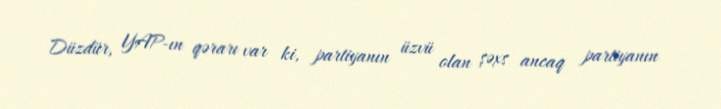
Düzdür, YAP-ın qərarı var ki, partiyanın üzvü olan şəxs ancaq partiyanın